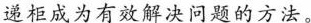
递柜成为有效解决问题的方法。